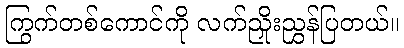
ကြွက်တစ်ကောင်ကို လက်ညှိုးညွှန်ပြတယ်။